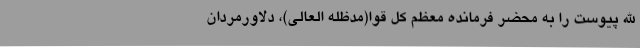
الله پیوست را به محضر فرمانده معظم کل قوا(مدظله العالی)، دلاورمردان